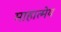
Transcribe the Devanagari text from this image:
माहात्मेय